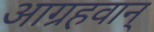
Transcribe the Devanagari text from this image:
आग्रहवान्‌